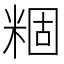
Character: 𬖢